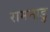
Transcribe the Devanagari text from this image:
रामनाडु